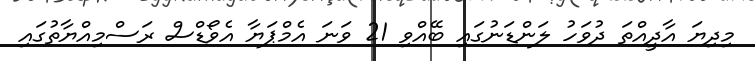
މިދިޔަ އާދީއްތަ ދުވަހު ލަންޑަނުގައި ބޭއްވި 21 ވަނަ އެމްޕަޔާ އެވޯޑްސް ރަސްމިއްޔާތުގައި